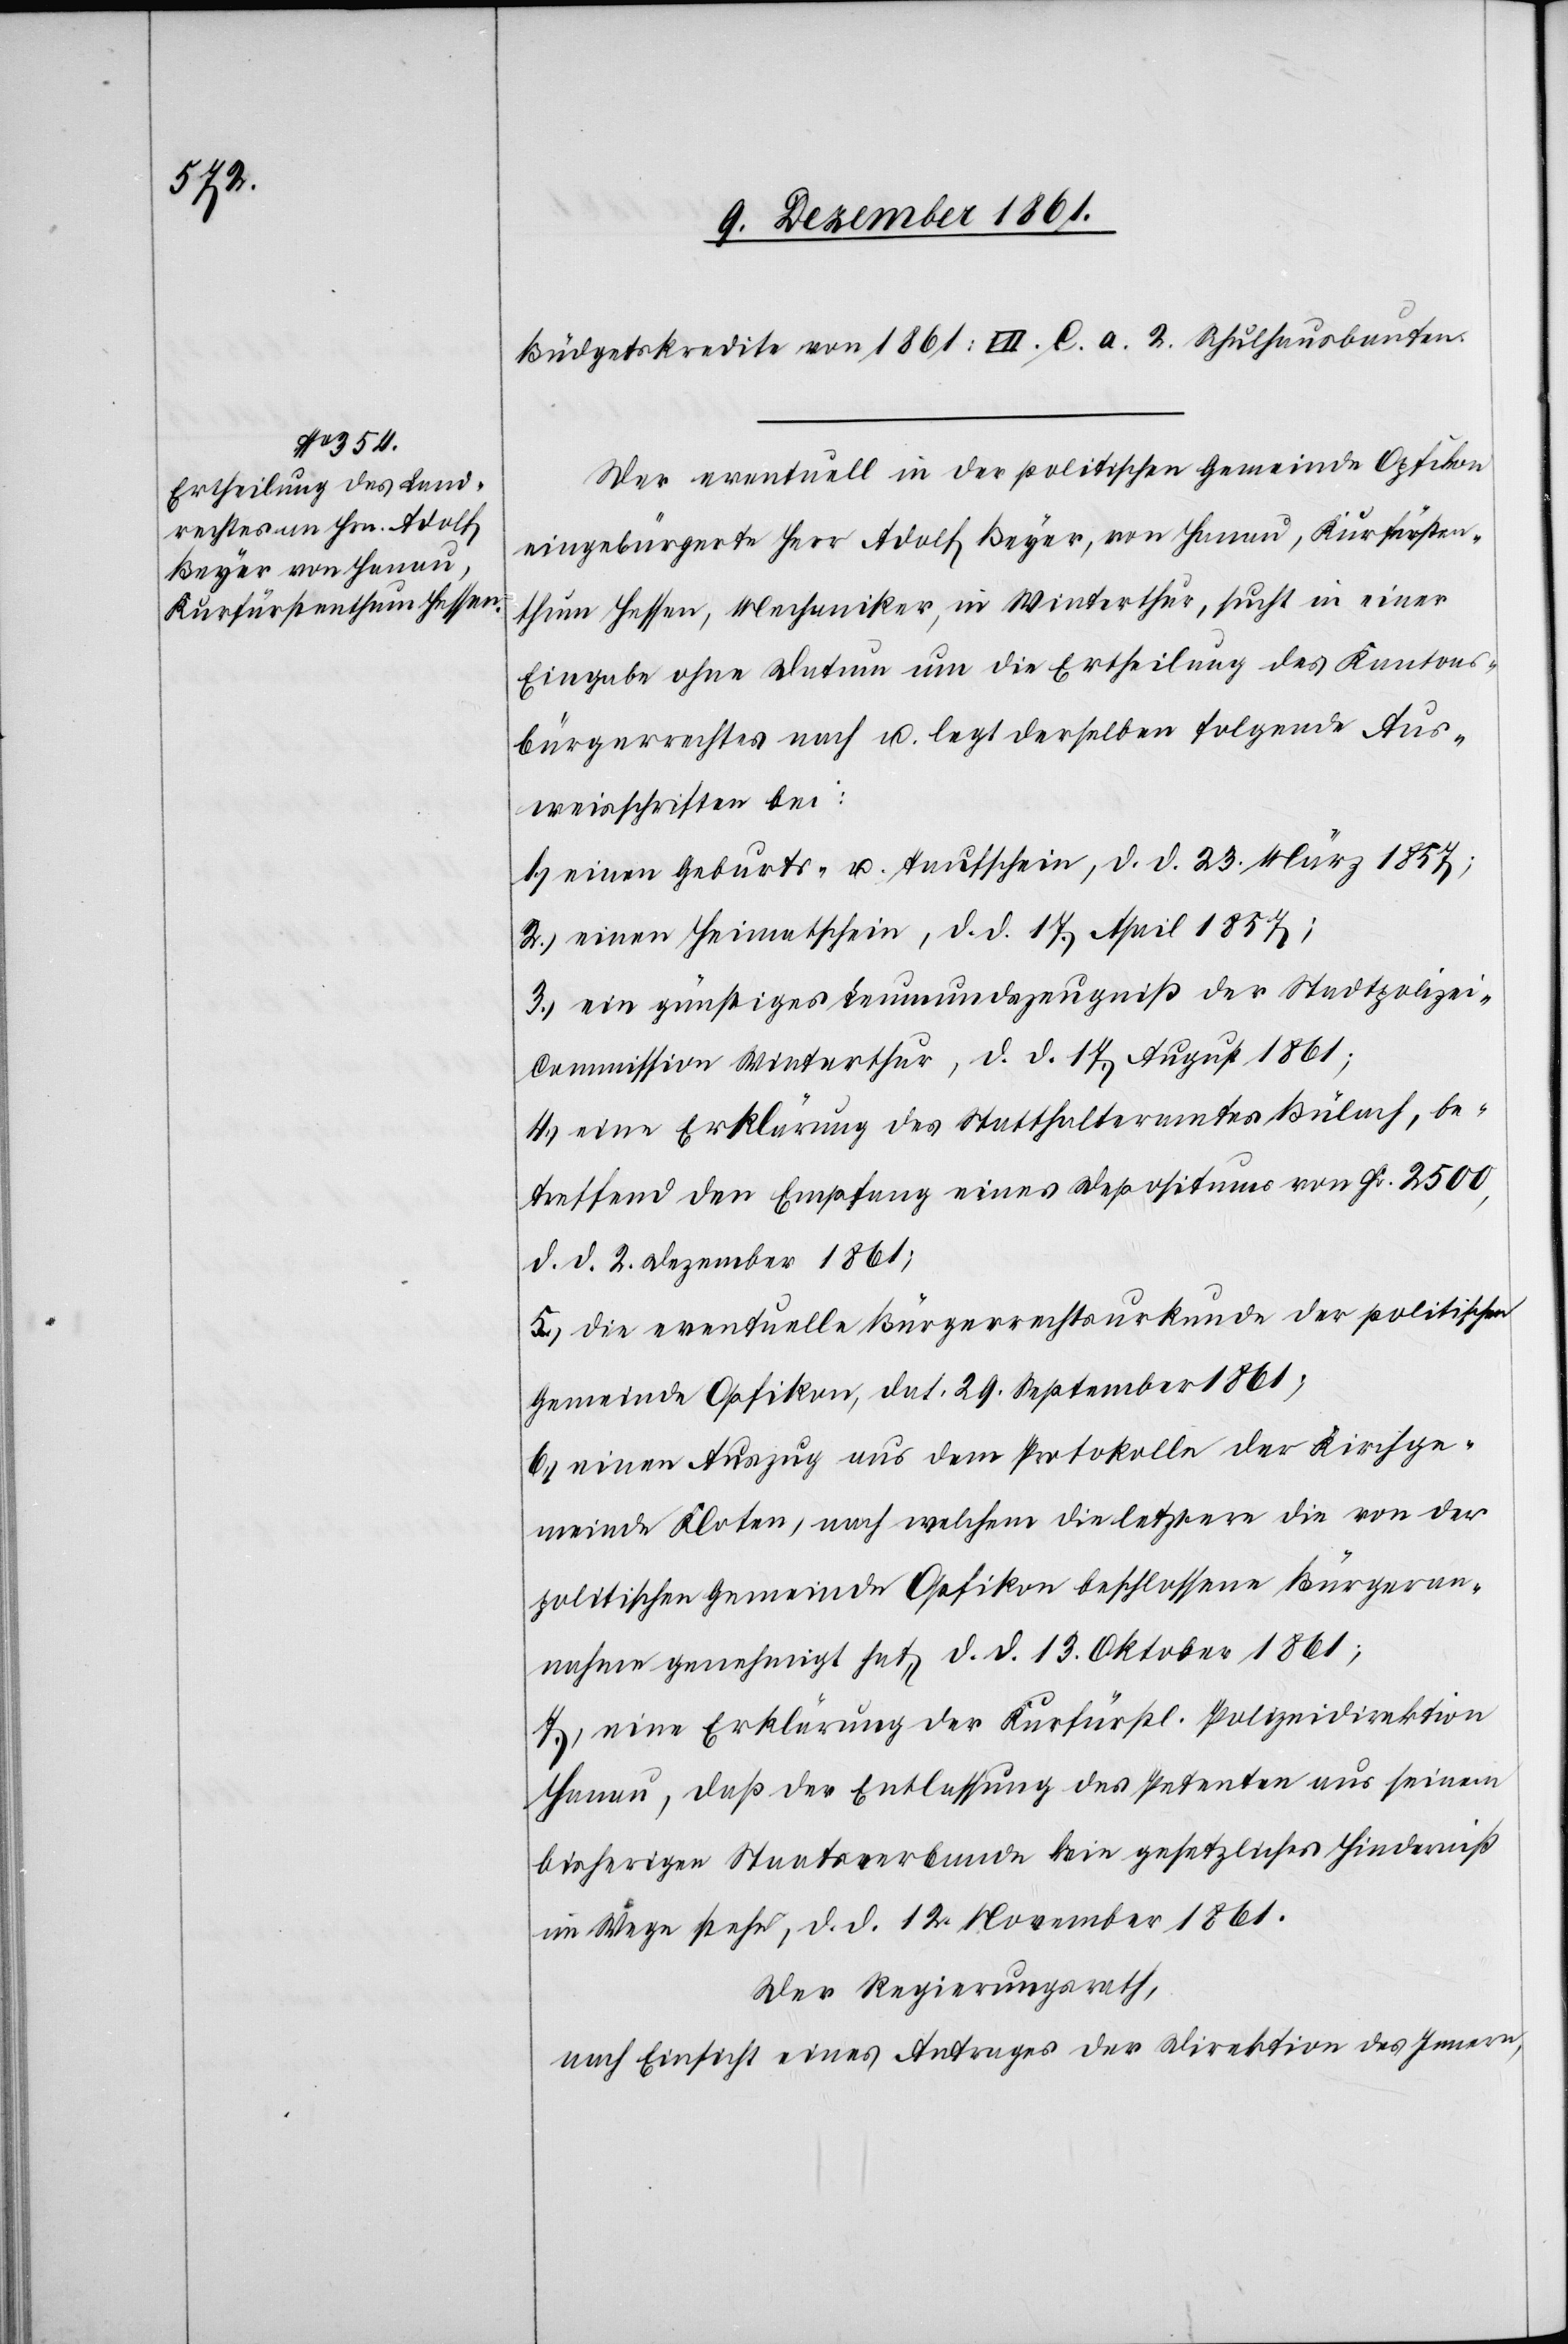
Büdgetkredite von 1861: VII. C. a. 2. Schulhausbauten.
Der eventuell in der politischen Gemeinde Opfikon
eingebürgerte Herr Adolf Beyer, von Hanau, Kurfürsten¬
thum Hessen, Mechaniker, in Winterthur, sucht in einer
Eingabe ohne Datum um die Ertheilung des Kantons¬
bürgerrechtes nach u. legt derselben folgende Aus¬
weisschriften bei:
1.) einen Geburts- u. Taufschein, d. d. 23 März 1857;
2.) einen Heimatschein, d. d. 17 April 1857;
3.) ein günstiges Leumundszeugniß der Stadtpolize¬
i-Commission Winterthur, d. d. 17 August 1861;
4.) eine Erklärung des Statthalteramtes Bülach, be¬
treffend den Empfang eines Depositums von Fr 2500,
d. d. 2 Dezember 1861;
5.) die eventuelle Bürgerrechtsurkunde der politischen
Gemeinde Opfikon, dat. 29 September 1861;
6.) einen Auszug aus dem Protokolle der Kirchge¬
meinde Kloten, nach welchem die letztere die von der
politischen Gemeinde Opfikon beschlossene Bürgeran¬
nahme genehmigt hat, d. d. 13 Oktober 1861;
7.) eine Erklärung der Kurfürstl. Polizeidirektion
Hanau, daß der Entlassung des Intenten aus seinem
bisherigen Staatsverbande kein gesetzliches Hinderniß
im Wege stehe, d. d. 12 November 1861.
Der Regierungsrath,
nach Einsicht eines Antrages der Direktion des Innern,